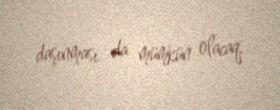
daşınması da mümkün olacaq.